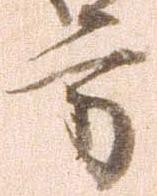
方